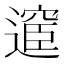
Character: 𮟇